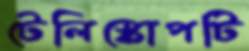
টেলিস্কোপটি